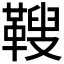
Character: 𩌅